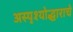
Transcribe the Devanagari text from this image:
अस्पृश्योद्धाराचे